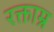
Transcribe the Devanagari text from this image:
रक्ताम्र